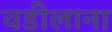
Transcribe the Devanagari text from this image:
वडीलाना